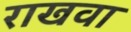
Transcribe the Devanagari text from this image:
राखवा